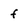
Character: f